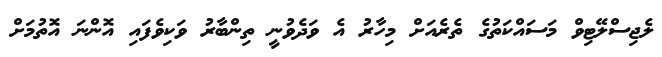
ލެޖިސްލޭޓިވް މަސައްކަތުގެ ތެރެއަށް މިހާރު އެ ވަދެވުނީ ތިންބާރު ވަކިވެފައި އޮންނަ އޮތުމަށް